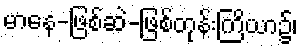
မာနေ-ဖြစ်ဆဲ-ဖြစ်တုန်းကြိယာ၌၊